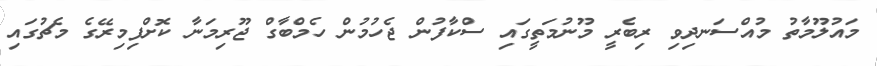
މައުލޫމާތު މުއްސަނދިވި ރިބެރީ މޫނުމަތީގައި ސްކާފުން ޖެހުމުން ހެމްބާގް ޖޫރިމަނާ ކޮށްފިމިރޭގެ މެޗުގައި